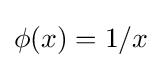
\phi (x)=1/x